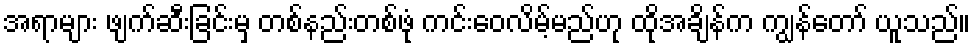
အရာများ ဖျက်ဆီးခြင်းမှ တစ်နည်းတစ်ဖုံ ကင်းဝေလိမ့်မည်ဟု ထိုအချိန်က ကျွန်တော် ယူသည်။